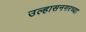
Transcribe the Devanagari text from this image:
उल्हासनगरच्या